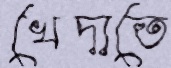
খেদাতে